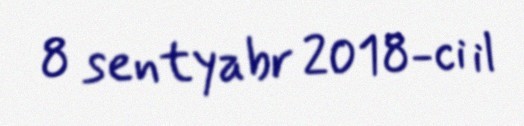
8 sentyabr 2018-ci il